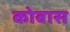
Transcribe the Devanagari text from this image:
कोवास